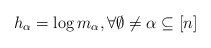
\begin{align*}{h_{\alpha}}=\log m_\alpha,\forall \emptyset\neq\alpha \subseteq [n]\end{align*}